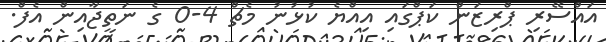
އައްސޭރި ޕްރިޒަން ކަޕްގައި އިއްޔެ ކުޅުނު މެޗް 4-0 ގެ ނަތީޖާއިން އެފް.